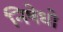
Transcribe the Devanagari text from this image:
निषेधो